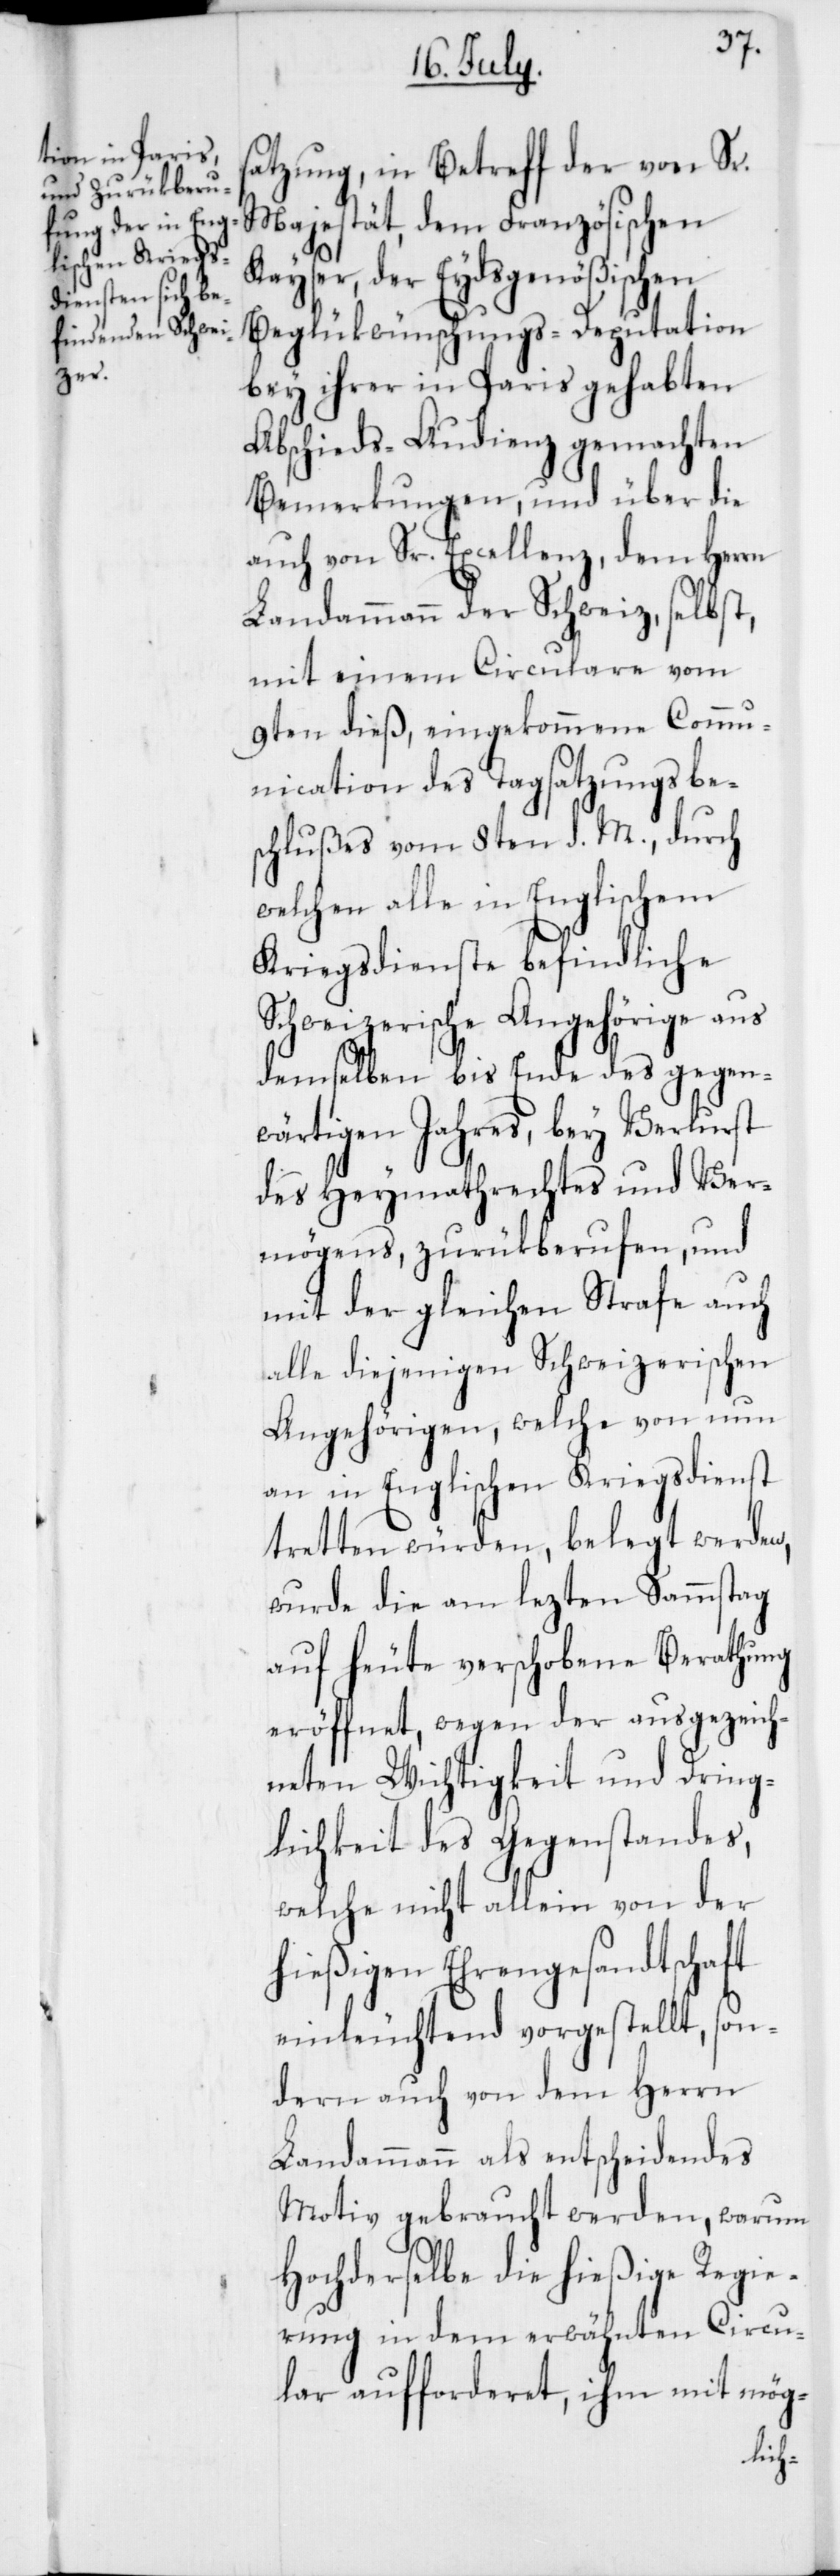
satzung, in Betreff der von Sr.
Majestät dem Französischen
Kayser, der Eydsgenößischen
Beglükwünschungs-Deputation
bey ihrer in Paris gehabten
Abschieds-Audienz gemachten
Bemerkungen, und über die
auch von Sr. Excellenz, dem Herrn
Landammann der Schweiz, selbst,
mit einem Circulare vom
9ten dieß, eingekommene Comm¬
unication des Tagsatzungsbe¬
schlußes vom 8ten d. M., durch
welchen alle in Englischem
Kriegsdienste befindliche
Schweizerische Angehörige aus
demselben bis Ende des gegen¬
wärtigen Jahres, bey Verlust
des Heymathrechtes und Ver¬
mögens, zurükberufen, und
mit der gleichen Strafe auch
alle diejenigen Schweizerischen
Angehörigen, welche von nun
an in Englischen Kriegsdienst
tretten würden, belegt werden,
wurde die am lezten Samstag
auf heute verschobene Berathung
eröffnet, wegen der ausgezeich¬
neten Wichtigkeit und Dring¬
lichkeit des Gegenstandes,
welche nicht allein von der
hießigen Ehrengesandtschaft
einleuchtend vorgestellt, son¬
dern auch von dem Herrn
Landammann als entscheidendes
Motiv gebraucht werden, warum
Hochderselbe die hießige Regie¬
rung in dem erwähnten Circu¬
lar aufforderet, ihm mit mög-